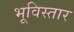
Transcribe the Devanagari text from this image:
भूविस्तार